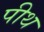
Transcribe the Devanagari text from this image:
पीथ